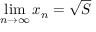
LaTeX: \operatorname* { l i m } _ { n \to \infty } x _ { n } = { \sqrt { S } }